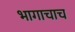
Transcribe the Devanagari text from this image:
भागाचाच